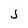
Character: 5